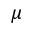
\mu